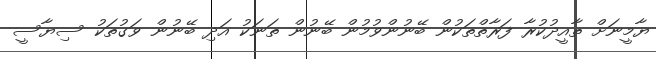
ޔާމީނަށް ތާއީދުކުރާ ފަރާތްތަކުން ބޭނުންވުމުން ބޭނުން ތަނަކު އަދި ބޭނުން ވަގުތަކު ސިޔާސީ